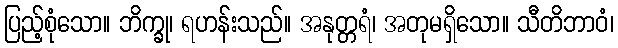
ပြည့်စုံသော။ ဘိက္ခု၊ ရဟန်းသည်။ အနုတ္တရံ၊ အတုမရှိသော။ သီတိဘာဝံ၊